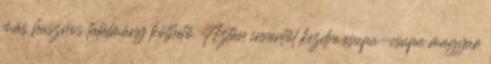
más hasznos találmány köthető. Aztán innentől kezdve csupa-csupa magyar